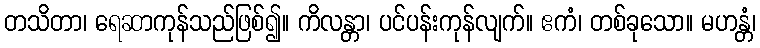
တသိတာ၊ ရေဆာကုန်သည်ဖြစ်၍။ ကိလန္တာ၊ ပင်ပန်းကုန်လျက်။ ဧကံ၊ တစ်ခုသော။ မဟန္တံ၊